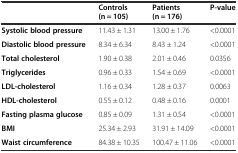
|  | Controls (n = 105) | Patients (n = 176) | P-value |
 | --- | --- | --- | --- |
 | Systolic blood pressure | 11.43 ± 1.31 | 13.00 ± 1.76 | <0.0001 |
 | Diastolic blood pressure | 8.34 ± 6.34 | 8.43 ± 1.24 | <0.0001 |
 | Total cholesterol | 1.90 ± 0.38 | 2.01 ± 0.46 | 0.0356 |
 | Triglycerides | 0.96 ± 0.33 | 1.54 ± 0.69 | <0.0001 |
 | LDL-cholesterol | 1.16 ± 0.34 | 1.28 ± 0.37 | 0.0063 |
 | HDL-cholesterol | 0.55 ± 0.12 | 0.48 ± 0.16 | 0.0001 |
 | Fasting plasma glucose | 0.85 ± 0.09 | 1.31 ± 0.54 | <0.0001 |
 | BMI | 25.34 ± 2.93 | 31.91 ± 14.09 | <0.0001 |
 | Waist circumference | 84.38 ± 10.35 | 100.47 ± 11.06 | <0.0001 |